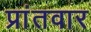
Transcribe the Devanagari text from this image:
प्रांतवार